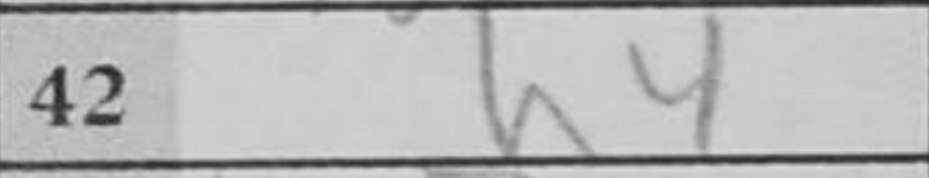
Transcription: h4